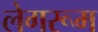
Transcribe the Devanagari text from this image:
लेगरूम